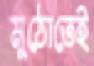
মুঠোতেই